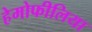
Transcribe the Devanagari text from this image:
हेमोफीलिया